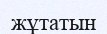
жұтатын